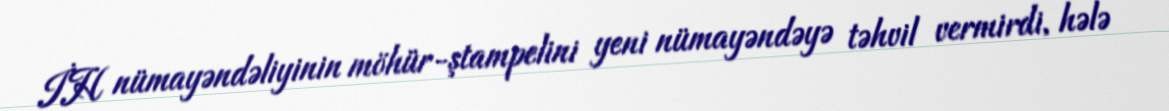
İH nümayəndəliyinin möhür-ştampelini yeni nümayəndəyə təhvil vermirdi, hələ